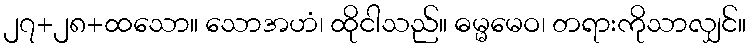
၂၇+၂၈+ထသော။ သောအဟံ၊ ထိုငါသည်။ ဓမ္မမေဝ၊ တရားကိုသာလျှင်။